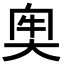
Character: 𡘠